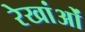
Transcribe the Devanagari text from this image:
रेखांओं